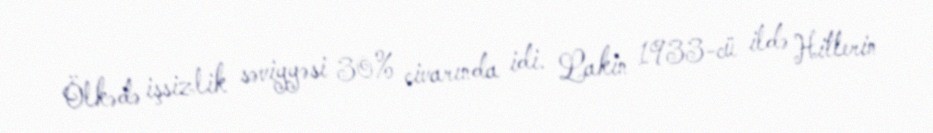
Ölkədə işsizlik səviyyəsi 30% civarında idi. Lakin 1933-cü ildə Hitlerin